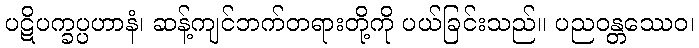
ပဋိပက္ခပ္ပဟာနံ၊ ဆန့်ကျင်ဘက်တရားတို့ကို ပယ်ခြင်းသည်။ ပညဝန္တဿေဝ၊